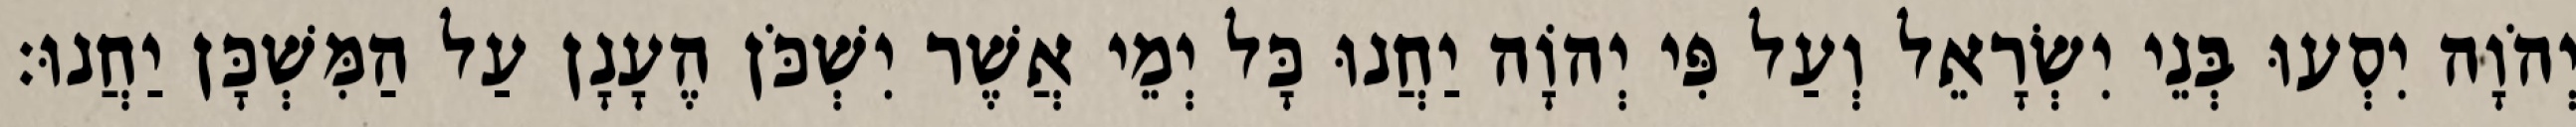
יְהֹוָה יִסְעוּ בְּנֵי יִשְׂרָאֵל וְעַל פִּי יְהוָֹה יַחֲנוּ כָּל יְמֵי אֲשֶׁר יִשְׁכֹּן הֶעָנָן עַל הַמִּשְׁכָּן יַחֲנוּ׃